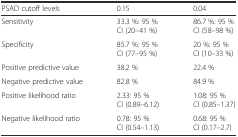
| PSAD cutoff levels | 0.15 | 0.04 |
 | --- | --- | --- |
 | Sensitivity | 33.3 %: 95 % CI (20–41 %) | 86.7 %: 95 % CI (58–98 %) |
 | Specificity | 85.7 %: 95 % CI (77–95 %) | 20 %: 95 % CI (10–33 %) |
 | Positive predictive value | 38.2 % | 22.4 % |
 | Negative predictive value | 82.8 % | 84.9 % |
 | Positive likelihood ratio | 2.33: 95 % CI (0.89–6.12) | 1.08: 95 % CI (0.85–1.37) |
 | Negative likelihood ratio | 0.78: 95 % CI (0.54–1.13) | 0.68: 95 % CI (0.17–2.7) |